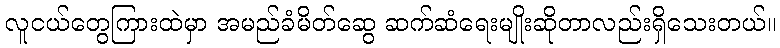
လူငယ်တွေကြားထဲမှာ အမည်ခံမိတ်ဆွေ ဆက်ဆံရေးမျိုးဆိုတာလည်းရှိသေးတယ်။